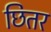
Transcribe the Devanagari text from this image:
छितर